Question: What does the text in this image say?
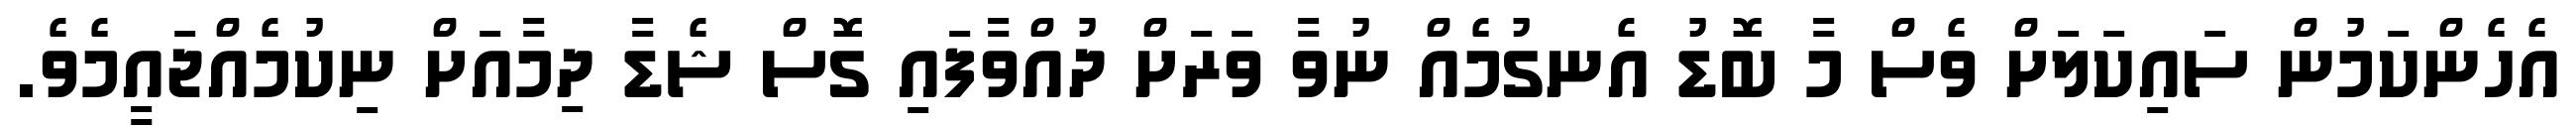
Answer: އެހެންކަމުން ސައިކަލަށް ވެސް މާ ބޮޑު އެނގުމެއް ނުވާ ވަރަށް ދުއްވާފައި ގޮސް ޝެޑާ ދިމާއަށް ނިކުމެއްޖައީމެވެ.